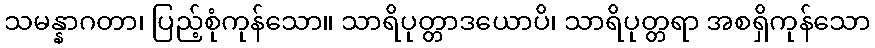
သမန္နာဂတာ၊ ပြည့်စုံကုန်သော။ သာရိပုတ္တာဒယောပိ၊ သာရိပုတ္တရာ အစရှိကုန်သော